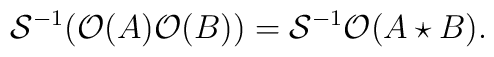
{\cal S}^{-1}({\cal O}(A) {\cal O} (B))={\cal S}^{-1}{\cal O}(A \star B).